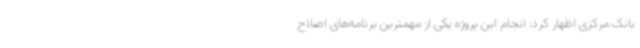
بانک مرکزی اظهار کرد: انجام این پروژه یکی از مهمترین برنامه‌های اصلاح